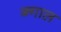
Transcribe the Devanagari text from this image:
ब्न्गाल